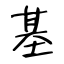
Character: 基